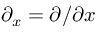
\partial _ { x } = \partial / \partial x